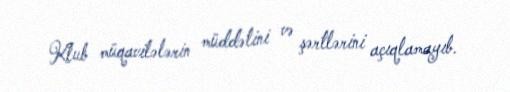
Klub müqavilələrin müddətini və şərtlərini açıqlamayıb.